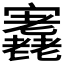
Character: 𡬁